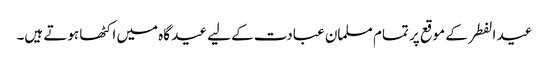
عید الفطر کے موقع پر تمام مسلمان عبادت کے لیے عید گاہ میں اکٹھا ہوتے ہیں۔